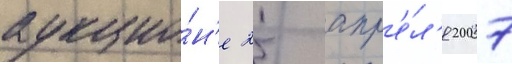
аукцио́н'е 25 апр'е́л'я 2007